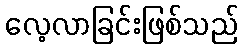
လေ့လာခြင်းဖြစ်သည်